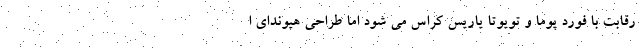
رقابت با فورد پوما و تویوتا یاریس کراس می شود اما طراحی هیوندای ا